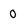
Character: 0